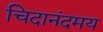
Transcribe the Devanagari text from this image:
चिदानंदमय